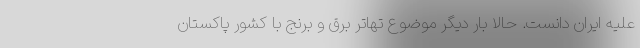
علیه ایران دانست. حالا بار دیگر موضوع تهاتر برق و برنج با کشور پاکستان